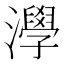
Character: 㶅